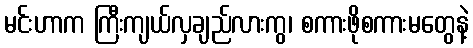
မင်းဟာက ကြီးကျယ်လှချည်လားကွ၊ စကားဖိုစကားမတွေနဲ့